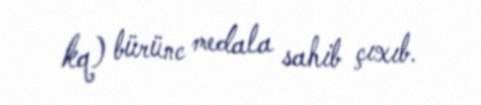
kq) bürünc medala sahib çıxıb.